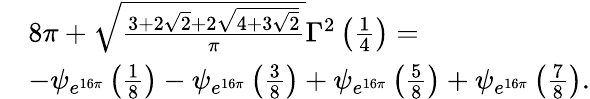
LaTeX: \begin{array}{rl}&{8\pi+\sqrt{\frac{3+2\sqrt{2}+2\sqrt{4+3\sqrt{2}}}{\pi}}\Gamma^{2}\left(\frac{1}{4}\right)=}\\ &{-\psi_{e^{16\pi}}\left(\frac{1}{8}\right)-\psi_{e^{16\pi}}\left(\frac{3}{8}\right)+\psi_{e^{16\pi}}\left(\frac{5}{8}\right)+\psi_{e^{16\pi}}\left(\frac{7}{8}\right).}\end{array}